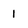
Character: 1